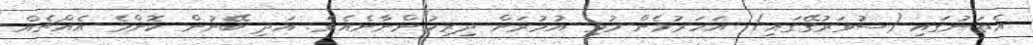
އެތަނުގައި (ސުވަރުގޭގައި) އަހަރުމެން މުޅި އުމުރަށް ދިރިހުންނާނެއެވެ. އަދި ބޭނުން ކޮންމެ އެއްޗެއް